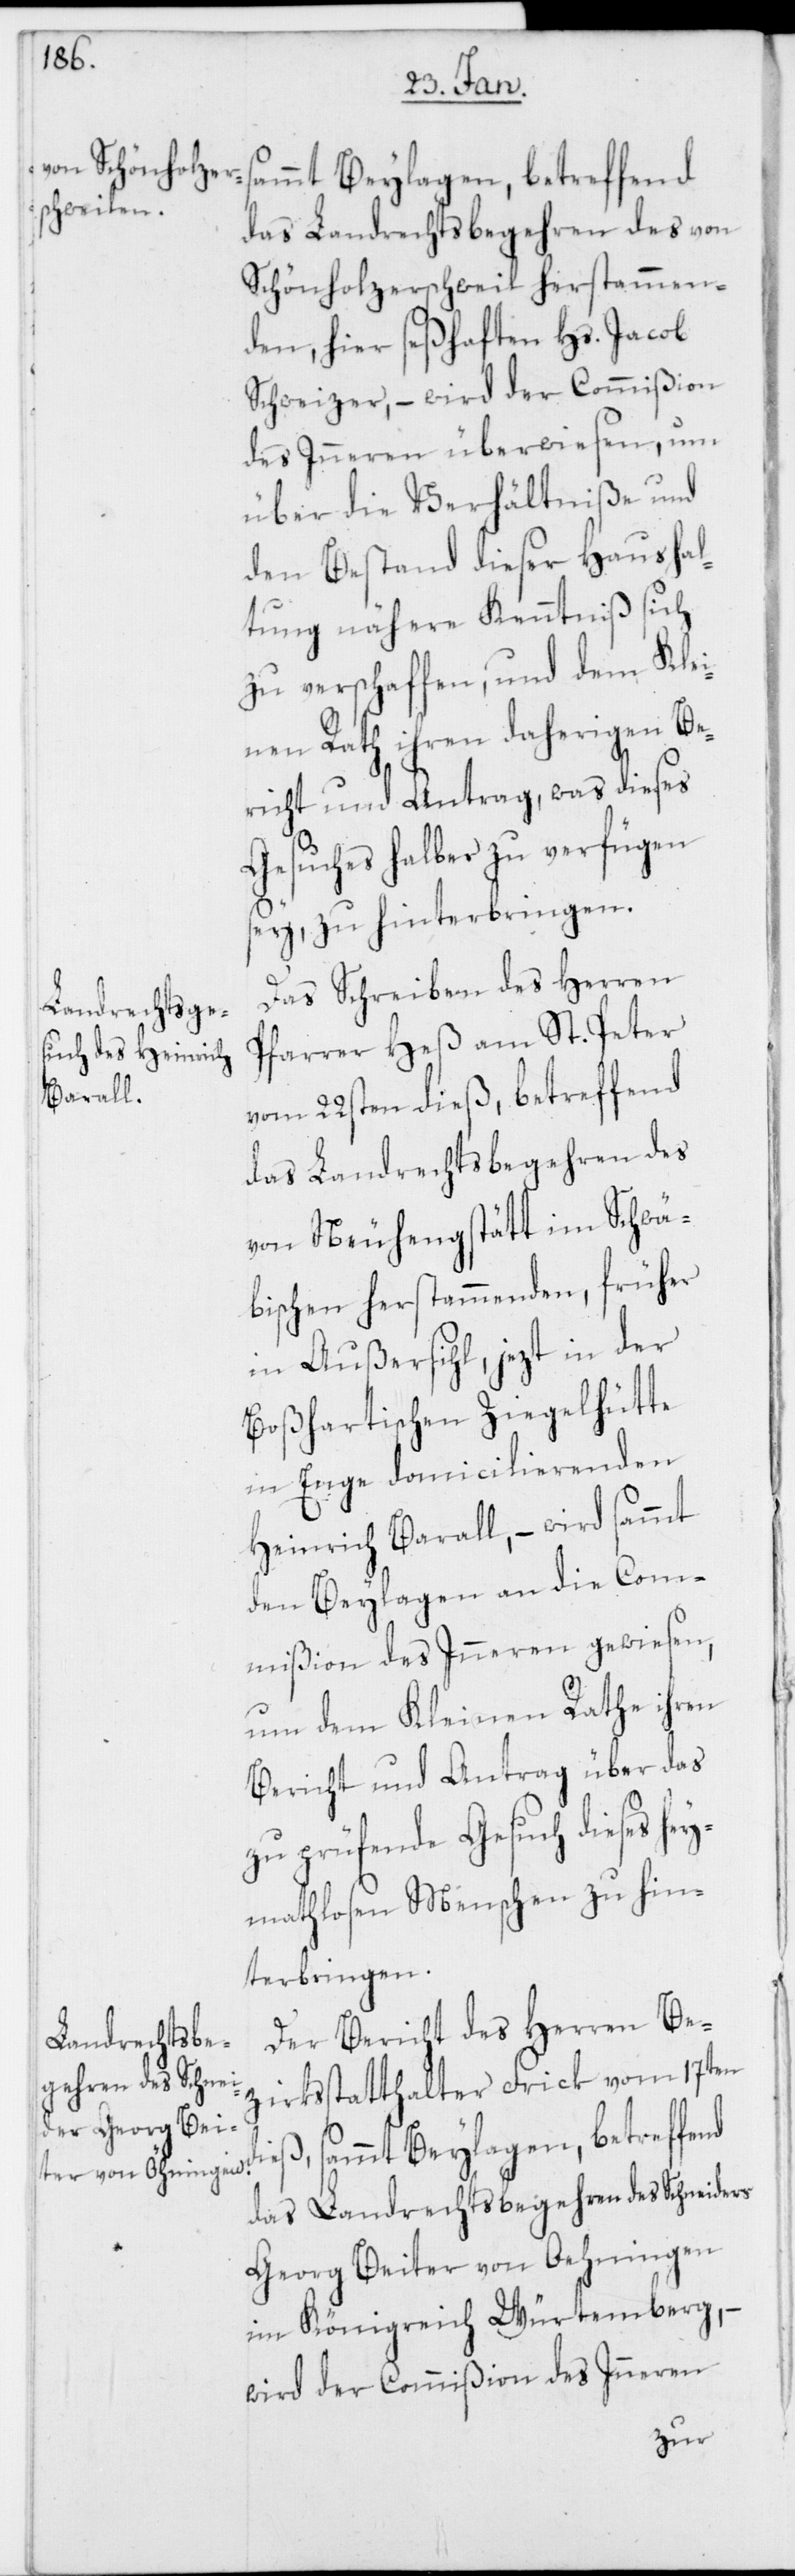
das Landrechtsbegehren des von
Schönholzerschweil herstammen¬
den, hier seßhaften Hs. Jacob
Schweizer, – wird der Commißion
des Inneren überwiesen, um
über die Verhältniße und
den Bestand dieser Haushal¬
tung nähere Kenntniß sich
zu verschaffen, und dem Klei¬
nen Rath ihren daherigen Be¬
richt und Antrag, was dieses
Gesuches halber zu verfügen
sey, zu hinterbringen.
Das Schreiben des Herren
Pfarrer Heß am St. Peter
vom 22sten dieß, betreffend
das Landrechtsbegehren des
von Neuhengstätt im Schwä¬
bischen herstammenden, früher
in Außersihl, jezt in der
Boßhartischen Ziegelhütte
in Enge domicilierenden
Heinrich Barall, – wird samt
den Beylagen an die Com¬
mißion des Inneren gewiesen,
um dem Kleinen Rathe ihren
Bericht und Antrag über das
zu prüfende Gesuch dieses he¬
ymathlosen Menschen zu hin¬
terbringen.
Der Bericht des Herren Be¬
zirksstatthalter Frick vom 17ten
eß, sammt Beylagen, betreffend
das Landrechtsbegehren des Schneiders
Georg Beiter von Oehningen
im Königreich Würtemberg, –
wird der Commißion des Inneren
di¬